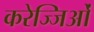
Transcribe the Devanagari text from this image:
करेज्जिओं